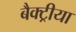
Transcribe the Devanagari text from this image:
बैक्ट्रीया